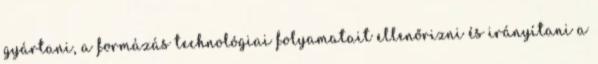
gyártani, a formázás technológiai folyamatait ellenőrizni és irányítani a